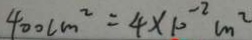
4 0 0 c m ^ { 2 } = 4 \times 1 0 ^ { - 2 } m ^ { 2 }